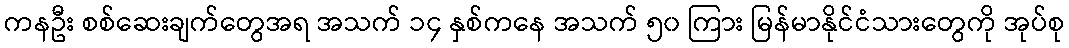
ကနဦး စစ်ဆေးချက်တွေအရ အသက် ၁၄ နှစ်ကနေ အသက် ၅၀ ကြား မြန်မာနိုင်ငံသားတွေကို အုပ်စု